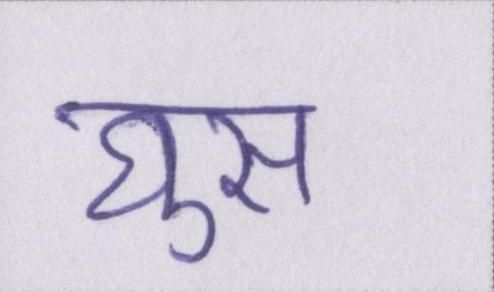
घुस